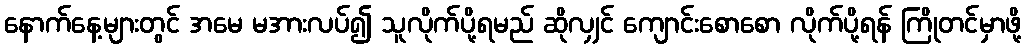
နောက်နေ့များတွင် အမေ မအားလပ်၍ သူလိုက်ပို့ရမည် ဆိုလျှင် ကျောင်းစောစော လိုက်ပို့ရန် ကြိုတင်မှာဖို့